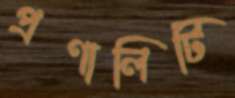
প্রণালিটি